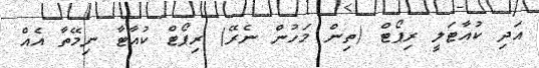
އަދި ކުއާޓަލީ ރިޕޯޓް (ތިން މަހުން ނެރޭ) ރިޕޯޓް ކުއާޓާ ނިމޭތާ އެއް